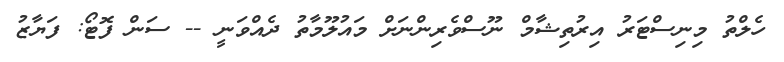
ހެލްތު މިނިސްޓަރު އިރުތިޝާމް ނޫސްވެރިންނަށް މައުލޫމާތު ދެއްވަނީ -- ސަން ފޮޓޯ: ފަޔާޒު